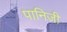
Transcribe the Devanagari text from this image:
पानिजी